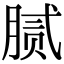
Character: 腻